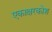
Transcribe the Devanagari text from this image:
एकाक्षरकोश